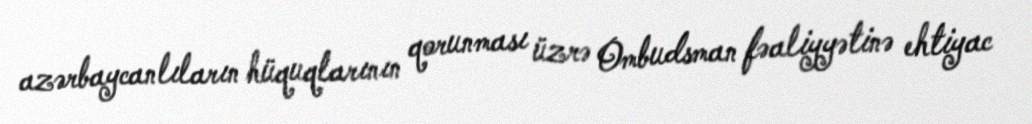
azərbaycanlıların hüquqlarının qorunması üzrə Ombudsman fəaliyyətinə ehtiyac